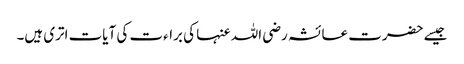
جیسے حضرت عائشہ رضی اللہ عنہا کی براءت کی آیات اتری ہیں۔